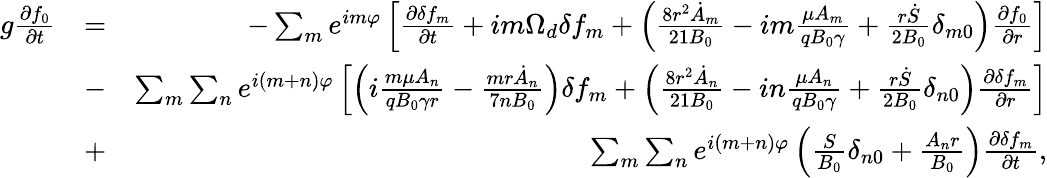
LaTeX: \begin{array}{rlr}{g\frac{\partial f_{0}}{\partial t}}&{=}&{-\sum_{m}e^{im\varphi}\left[\frac{\partial\delta f_{m}}{\partial t}+im\Omega_{d}\delta f_{m}+\left(\frac{8r^{2}\dot{A}_{m}}{21B_{0}}-im\frac{\mu A_{m}}{qB_{0}\gamma}+\frac{r\dot{S}}{2B_{0}}\delta_{m0}\right)\frac{\partial f_{0}}{\partial r}\right]}\\ &{-}&{\sum_{m}\sum_{n}e^{i(m+n)\varphi}\left[\left(i\frac{m\mu A_{n}}{qB_{0}\gamma r}-\frac{mr\dot{A}_{n}}{7nB_{0}}\right)\delta f_{m}+\left(\frac{8r^{2}\dot{A}_{n}}{21B_{0}}-in\frac{\mu A_{n}}{qB_{0}\gamma}+\frac{r\dot{S}}{2B_{0}}\delta_{n0}\right)\frac{\partial\delta f_{m}}{\partial r}\right]}\\ &{+}&{\sum_{m}\sum_{n}e^{i(m+n)\varphi}\left(\frac{S}{B_{0}}\delta_{n0}+\frac{A_{n}r}{B_{0}}\right)\frac{\partial\delta f_{m}}{\partial t},}\end{array}